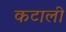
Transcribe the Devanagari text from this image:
कटाली